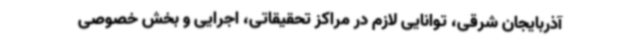
آذربایجان شرقی، توانایی لازم در مراکز تحقیقاتی، اجرایی و بخش خصوصی